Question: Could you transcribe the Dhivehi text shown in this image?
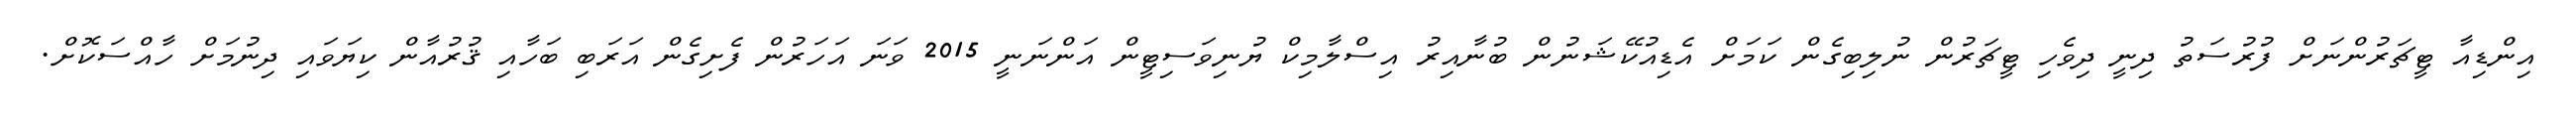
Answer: އިންޑިއާ ޓީޗަރުންނަށް ފުރުސަތު ދިނީ ދިވެހި ޓީޗަރުން ނުލިބިގެން ކަމަށް އެޑިއުކޭޝަނުން ބުނާއިރު އިސްލާމިކް ޔުނިވަސިޓީން އަންނަނީ 2015 ވަނަ އަހަރުން ފެށިގެން އަރަބި ބަހާއި ޤުރުއާން ކިޔަވައި ދިނުމަށް ހާއްސަކޮށް.